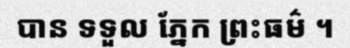
បាន ទទួល ភ្នែក ព្រះធម៌ ។